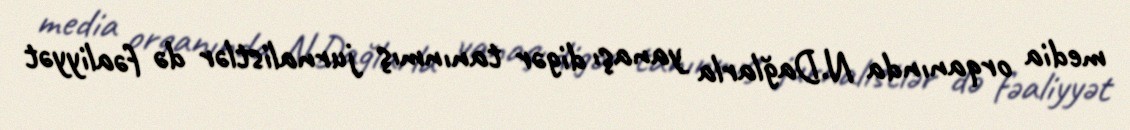
media orqanında N.Dağlarla yanaşı digər tanınmış jurnalistlər də fəaliyyət